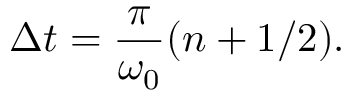
\Delta t = \frac { \pi } { \omega _ { 0 } } ( n + 1 / 2 ) .